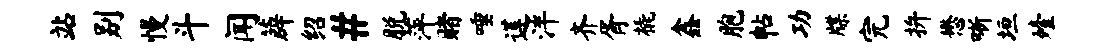
站别慢斗闻薜绍#脱萍赌唾莲泮齐胥橇鑫胞帖功牒完拚懋晰垣殪